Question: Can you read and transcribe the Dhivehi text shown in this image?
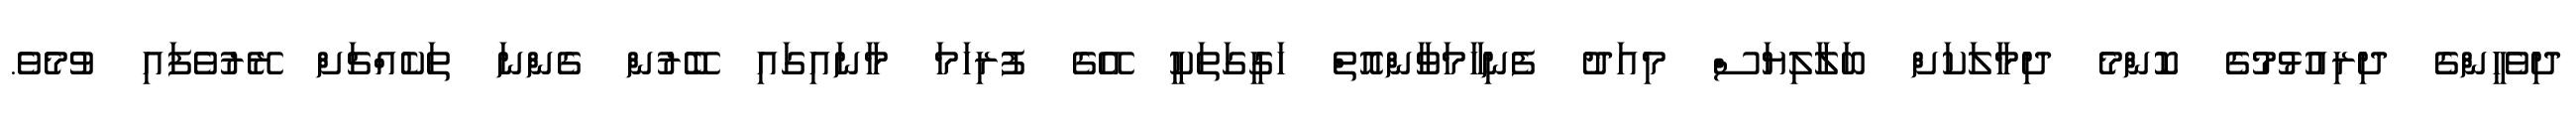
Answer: ދިވެހީންގެ ދިރިއުޅުމުގެ ކޮންމެ ދިމާލަކަށް ބަލާލިޔަސް މިއަދު ފެނިހާމަވާންއޮތް ހަގީގަތަކީ އޭގެ ފުރިހަމަ މާނައިގައި ބޭރުން ގެންނަ ތަކެއްޗަށް ރޭރުވެފައި ވުމެވެ.